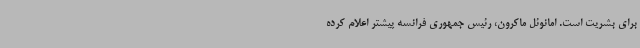
برای بشریت است. امانوئل ماکرون، رئیس جمهوری فرانسه پیشتر اعلام کرده